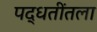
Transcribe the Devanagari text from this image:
पद्धतींतला